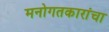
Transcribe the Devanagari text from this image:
मनोगतकारांचा